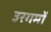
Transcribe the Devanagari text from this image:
उरगमों